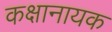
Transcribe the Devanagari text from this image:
कक्षानायक